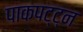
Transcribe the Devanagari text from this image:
पाकपट्ट्न